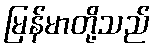
မြန်မာတို့သည်